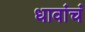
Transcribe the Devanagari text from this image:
धावांचं